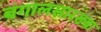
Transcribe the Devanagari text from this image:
बंगालसारख्या